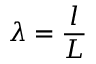
\ \lambda = { \frac { l } { L } }